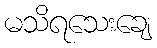
မသိရသေးချေ